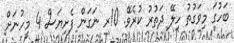
ބަހުގަ މިވަގުތު ހިލޭ ދަތުރު ކުރެވޭ. 10ރ ނަގަން ފެށިޔަސް 4 މީހުނަށް